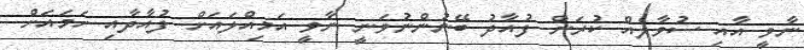
ނާވީ އާއި ސުވާލެއް ކުރަން ފުއާދު ބޭނުންނުވަނީ ނާވީ އަމިއްލައަށް ފުއާދާއި ހަމައަށް